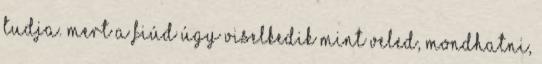
tudja. Mert a fiúd úgy viselkedik mint Veled, mondhatni,